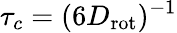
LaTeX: \tau_{c}=(6D_{\mathrm{rot}})^{-1}